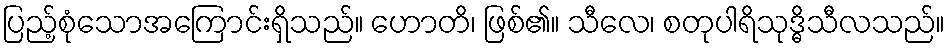
ပြည့်စုံသောအကြောင်းရှိသည်။ ဟောတိ၊ ဖြစ်၏။ သီလေ၊ စတုပါရိသုဒ္ဓိသီလသည်။